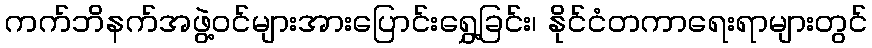
ကက်ဘိနက်အဖွဲ့ဝင်များအားပြောင်းရွှေ့ခြင်း၊ နိုင်ငံတကာရေးရာများတွင်